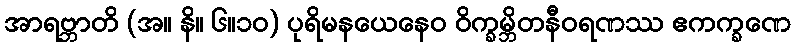
အာရဗ္ဘာတိ (အ။ နိ။ ၆။၁၀) ပုရိမနယေနေဝ ဝိက္ခမ္ဘိတနီဝရဏဿ ဧကက္ခဏေ